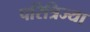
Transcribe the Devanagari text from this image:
परित्रिज्या